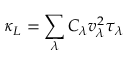
\kappa _ { L } = \sum _ { \lambda } C _ { \lambda } v _ { \lambda } ^ { 2 } \tau _ { \lambda }